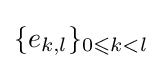
\{e_{k,l}\}_{0\leqslant k<l}